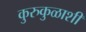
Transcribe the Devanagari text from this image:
कुरुकुळाशी